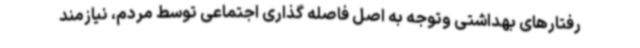
رفتارهای بهداشتی وتوجه به اصل فاصله گذاری اجتماعی توسط مردم، نیازمند